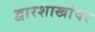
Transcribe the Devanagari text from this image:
द्वारशाखांवर